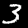
Label: 3